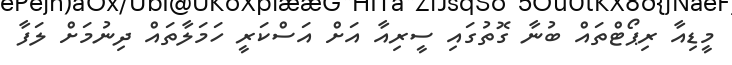
މީޑިއާ ރިޕޯޓްތައް ބުނާ ގޮތުގައި ސީރިއާ އަށް އަސްކަރީ ހަމަލާތައް ދިނުމަށް ލަފާ